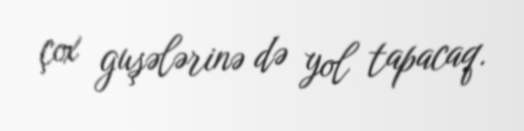
çox guşələrinə də yol tapacaq.